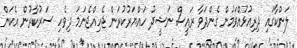
ލަންކާގައި ދިރިއުޅުއްވަމުން ގެންދަވާ ރައީސް ނަޝީދު ހައްޔަރުކުރަން ޖެހިއްޖެނަމަ ދިވެހި ސަރުކާރުން އެކަން